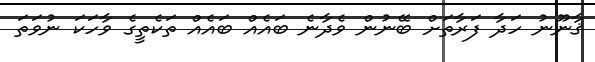
ޤާނޫނު ހަދާ ފަރާތަށް ބޭނުން ވެދާނެ ބައެއް ބައެއް ތަކެތީގެ ވާހަކަ ނުވަތަ